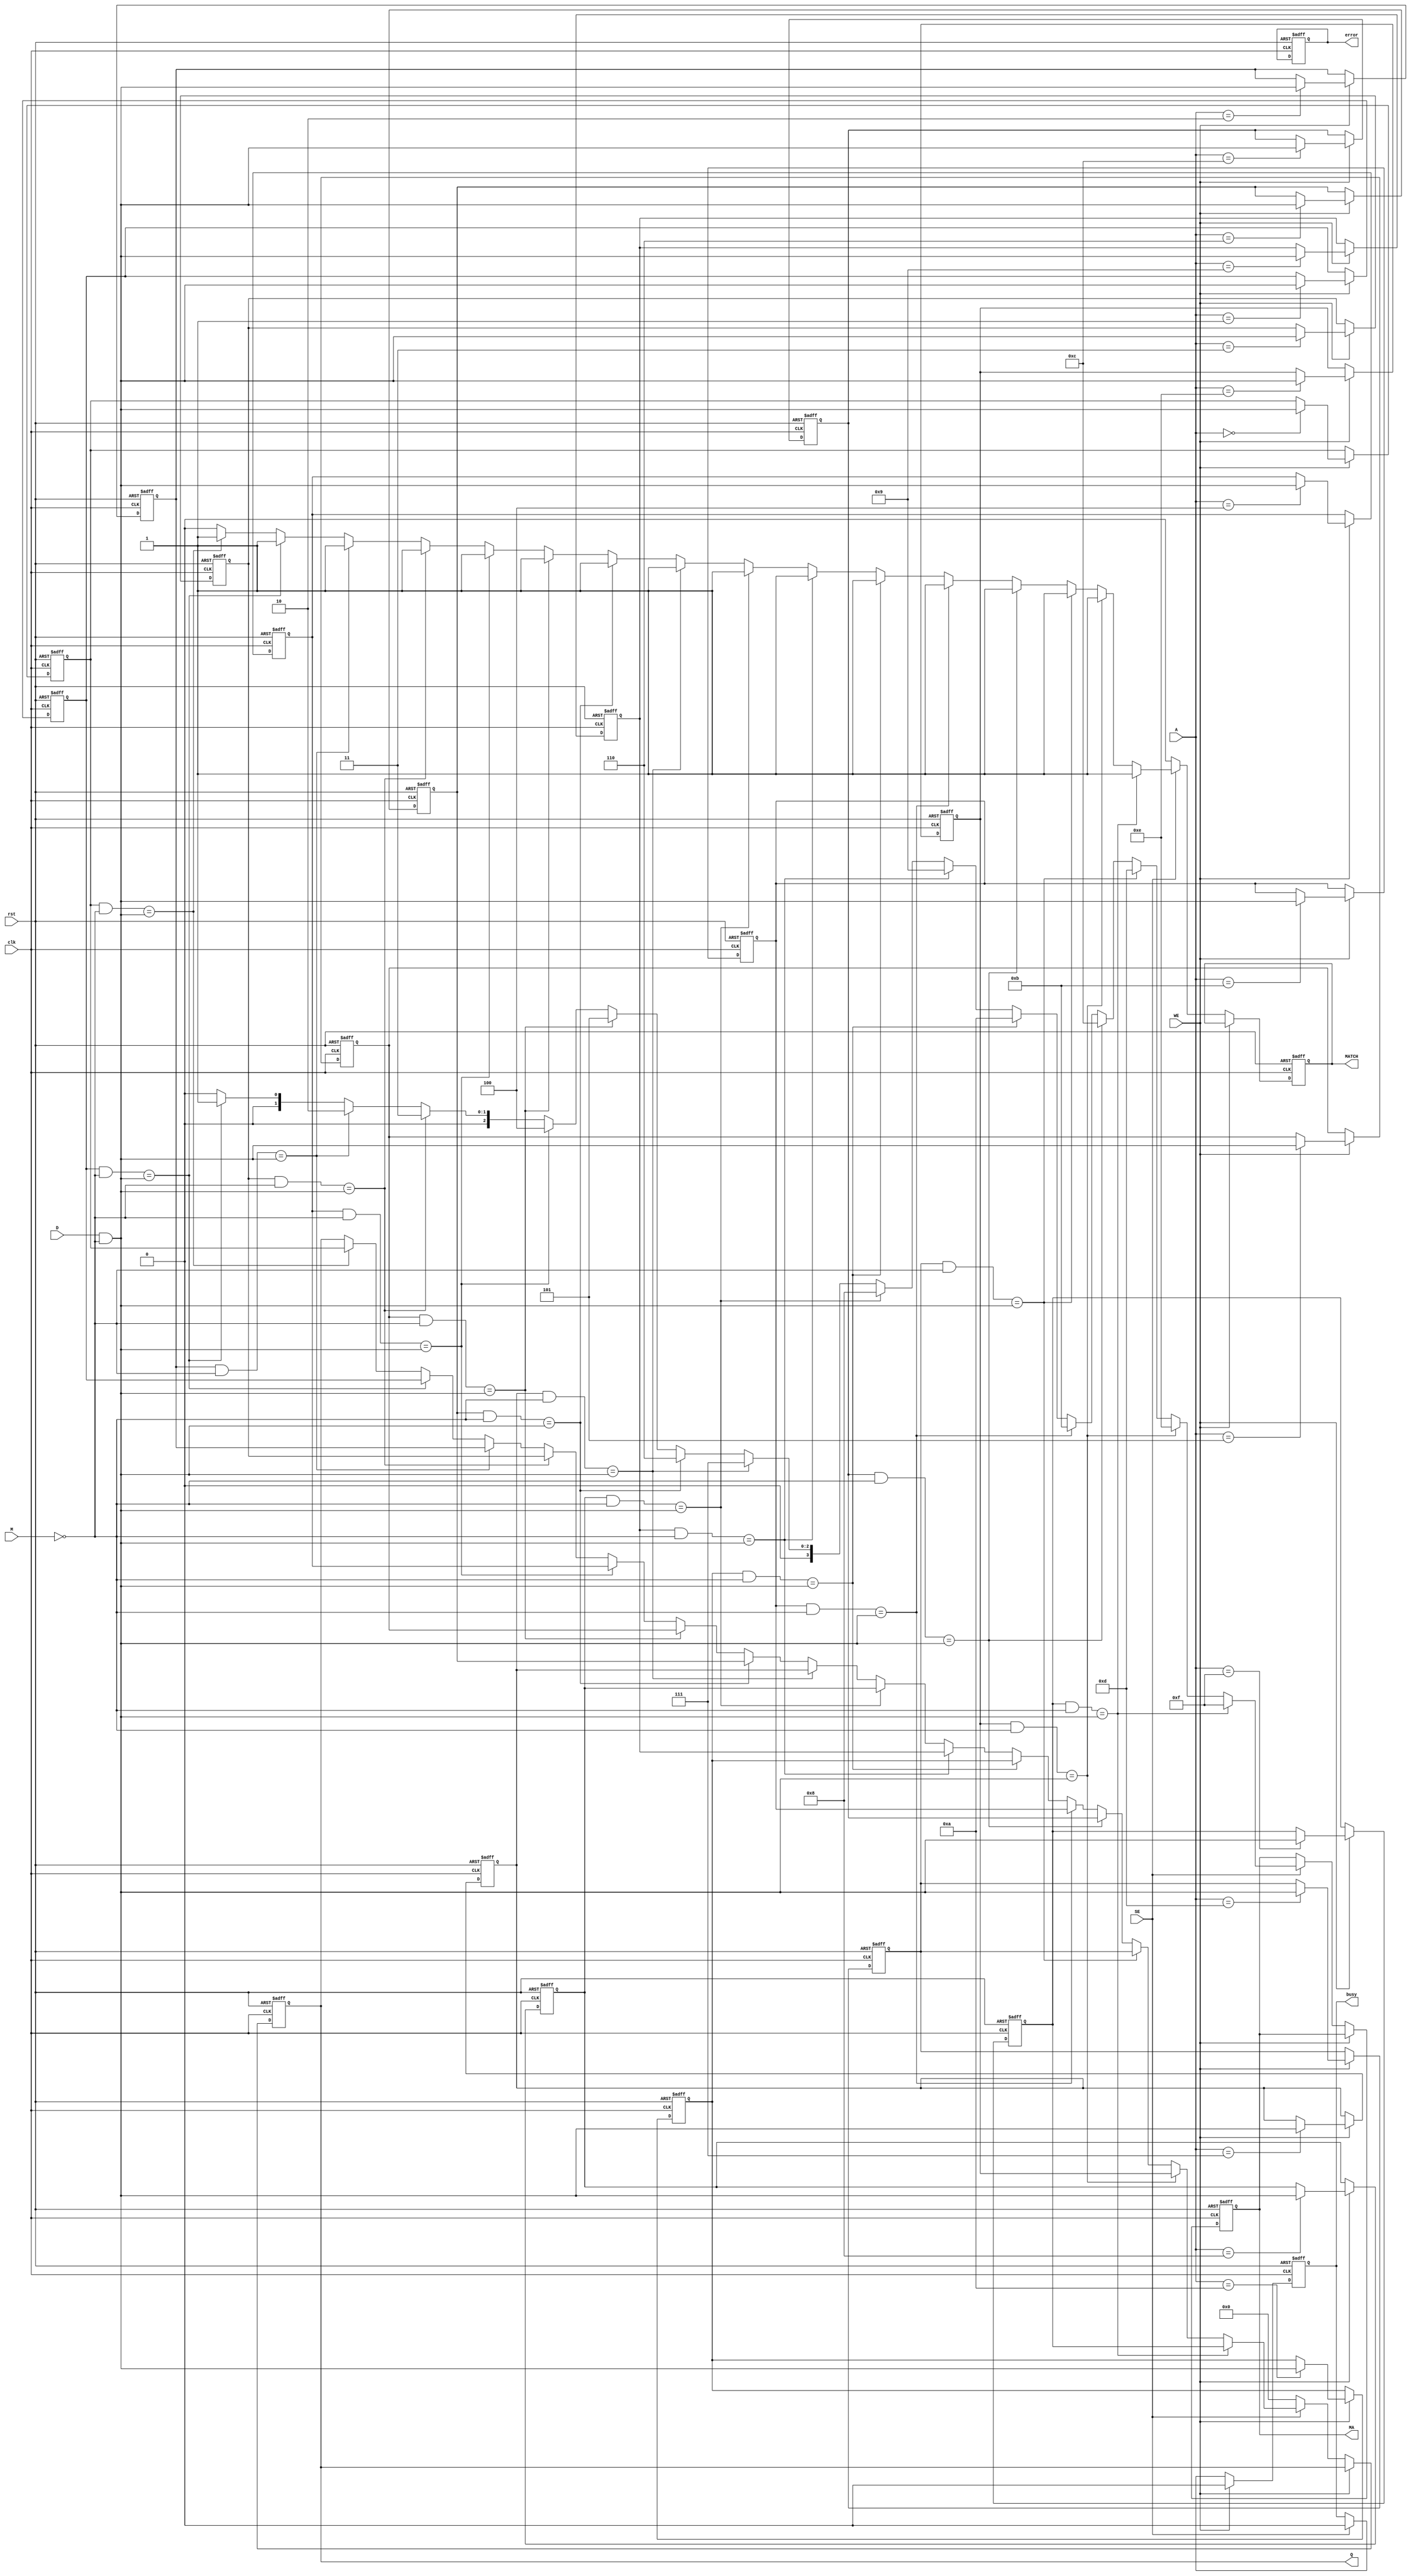
module BCAM_IO_Block #(parameter DATA_WIDTH = 8, parameter ADDR_WIDTH = 4) (
    input wire clk,
    input wire rst,
    
    // Input Block
    input wire [DATA_WIDTH-1:0] D,           // Data Input
    input wire WE,                            // Write Enable
    input wire [ADDR_WIDTH-1:0] A,           // Address Input
    input wire [DATA_WIDTH-1:0] M,           // Mask Input
    
    // Output Block
    output reg [DATA_WIDTH-1:0] Q,           // Data Output
    output reg MATCH,                         // Match Output
    output reg [ADDR_WIDTH-1:0] MA,          // Address Output
    input wire SE,                            // Search Enable
    
    // Status Indicators
    output reg busy,                          // Busy Signal
    output reg error                          // Error Signal
);

// Memory Storage
reg [DATA_WIDTH-1:0] memory [(1 << ADDR_WIDTH)-1:0]; // Memory Array
reg [1:0] state; // State to manage write/search

// Match Logic
integer i;

// Write Control Unit
always @(posedge clk or posedge rst) begin
    if (rst) begin
        // Reset state and outputs
        Q <= 0;
        MATCH <= 0;
        MA <= 0;
        busy <= 0;
        error <= 0;
        for (i = 0; i < (1 << ADDR_WIDTH); i = i + 1) begin
            memory[i] <= 0;
        end
        state <= 0;
    end else begin
        if (WE) begin
            // Write operation
            busy <= 1;
            memory[A] <= D & ~M; // Write data with masking
            busy <= 0;
        end else if (SE) begin
            // Search operation
            busy <= 1;
            MATCH <= 0;
            MA <= 0;
            for (i = 0; i < (1 << ADDR_WIDTH); i = i + 1) begin
                if ((memory[i] & ~M) == (D & ~M)) begin
                    MATCH <= 1; // Match found
                    MA <= i;    // Address of match
                    Q <= memory[i]; // Output matching data
                end
            end
            busy <= 0;
        end else begin
            MATCH <= 0;
            Q <= 0; // Default output when not searching
        end
    end
end

endmodule